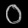
Digit: ၀